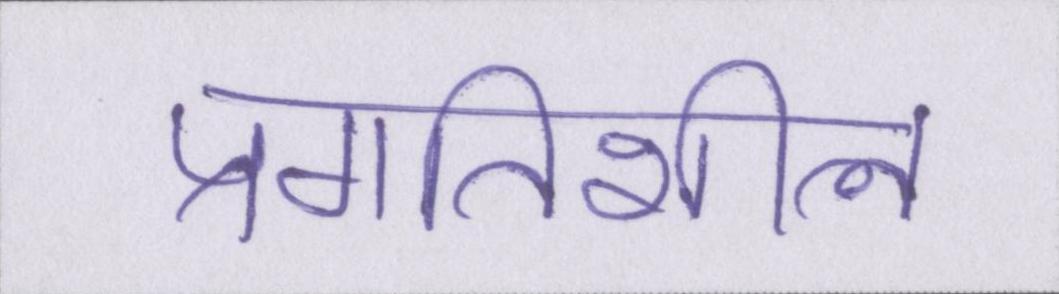
प्रगतिशील